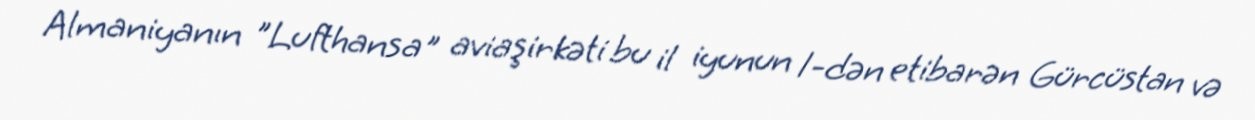
Almaniyanın "Lufthansa" aviaşirkəti bu il iyunun 1-dən etibarən Gürcüstan və